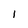
Character: I